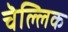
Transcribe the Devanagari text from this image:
चॆल्लिक